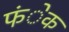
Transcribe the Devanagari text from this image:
फंेक